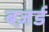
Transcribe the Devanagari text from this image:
बज़र्ड